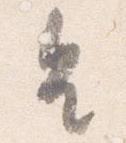
皇